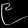
Digit: ၉